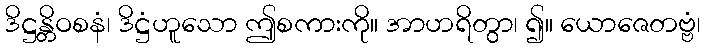
ဒိဋ္ဌန္တိဝစနံ၊ ဒိဋ္ဌံဟူသော ဤစကားကို။ အာဟရိတွာ၊ ၍။ ယောဇေတဗ္ဗံ၊